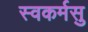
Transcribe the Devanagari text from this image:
स्वकर्मसु